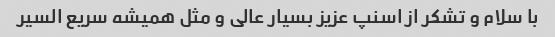
با سلام و تشکر از اسنپ عزیز بسیار عالی و مثل همیشه سریع السیر